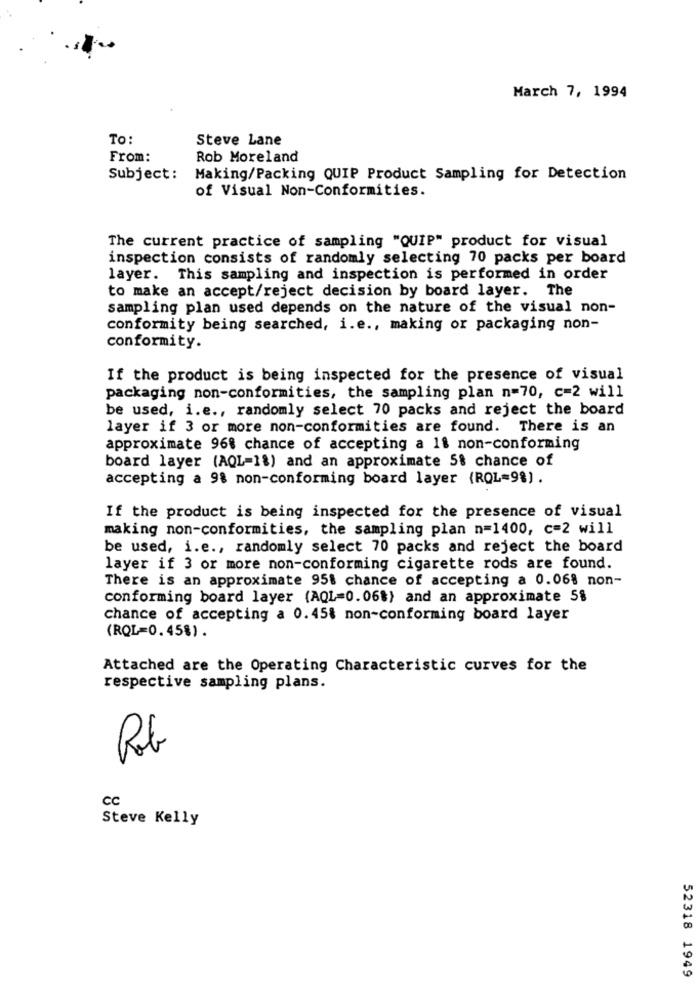
March 7, 1994
To:
Steve Lane
From:
Rob Moreland
Subject:
Making/Packing QUIP Product Sampling for Detection
of Visual Non-Conformities.
The current practice of sampling "QUIP" product for visual
inspection consists of randomly selecting 70 packs per board
layer. This sampling and inspection is performed in order
to make an accept/reject decision by board layer. The
sampling plan used depends on the nature of the visual non-
conformity being searched, i.e ., making or packaging non-
conformity.
If the product is being inspected for the presence of visual
packaging non-conformities, the sampling plan n=70, c=2 will
be used, i.e ., randomly select 70 packs and reject the board
layer if 3 or more non-conformities are found. There is an
approximate 96% chance of accepting a 1% non-conforming
board layer (AQL=1%) and an approximate 5% chance of
accepting a 9% non-conforming board layer (RQL=9%) .
If the product is being inspected for the presence of visual
making non-conformities, the sampling plan n=1400, c=2 will
be used, i.e ., randomly select 70 packs and reject the board
layer if 3 or more non-conforming cigarette rods are found.
There is an approximate 95% chance of accepting a 0.06% non-
conforming board layer (AQL=0.06%) and an approximate 5%
chance of accepting a 0.45% non-conforming board layer
(RQL=0.45%).
Attached are the Operating Characteristic curves for the
respective sampling plans.
Rob
cc
Steve Kelly
52318 1949